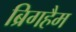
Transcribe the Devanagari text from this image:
ब्रिगहैम